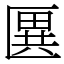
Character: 㔴